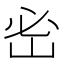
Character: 𡶇